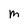
Character: M